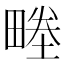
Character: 畻